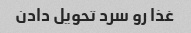
غذا رو سرد تحویل دادن